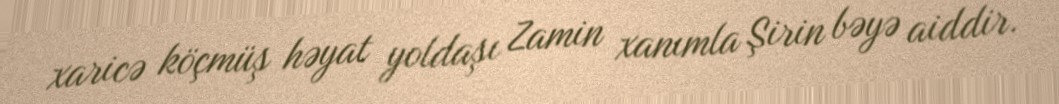
xaricə köçmüş həyat yoldaşı Zamin xanımla Şirin bəyə aiddir.